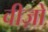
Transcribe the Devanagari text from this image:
वीज़ो